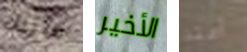
ماربل الأخير أعتد